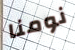
نومنا